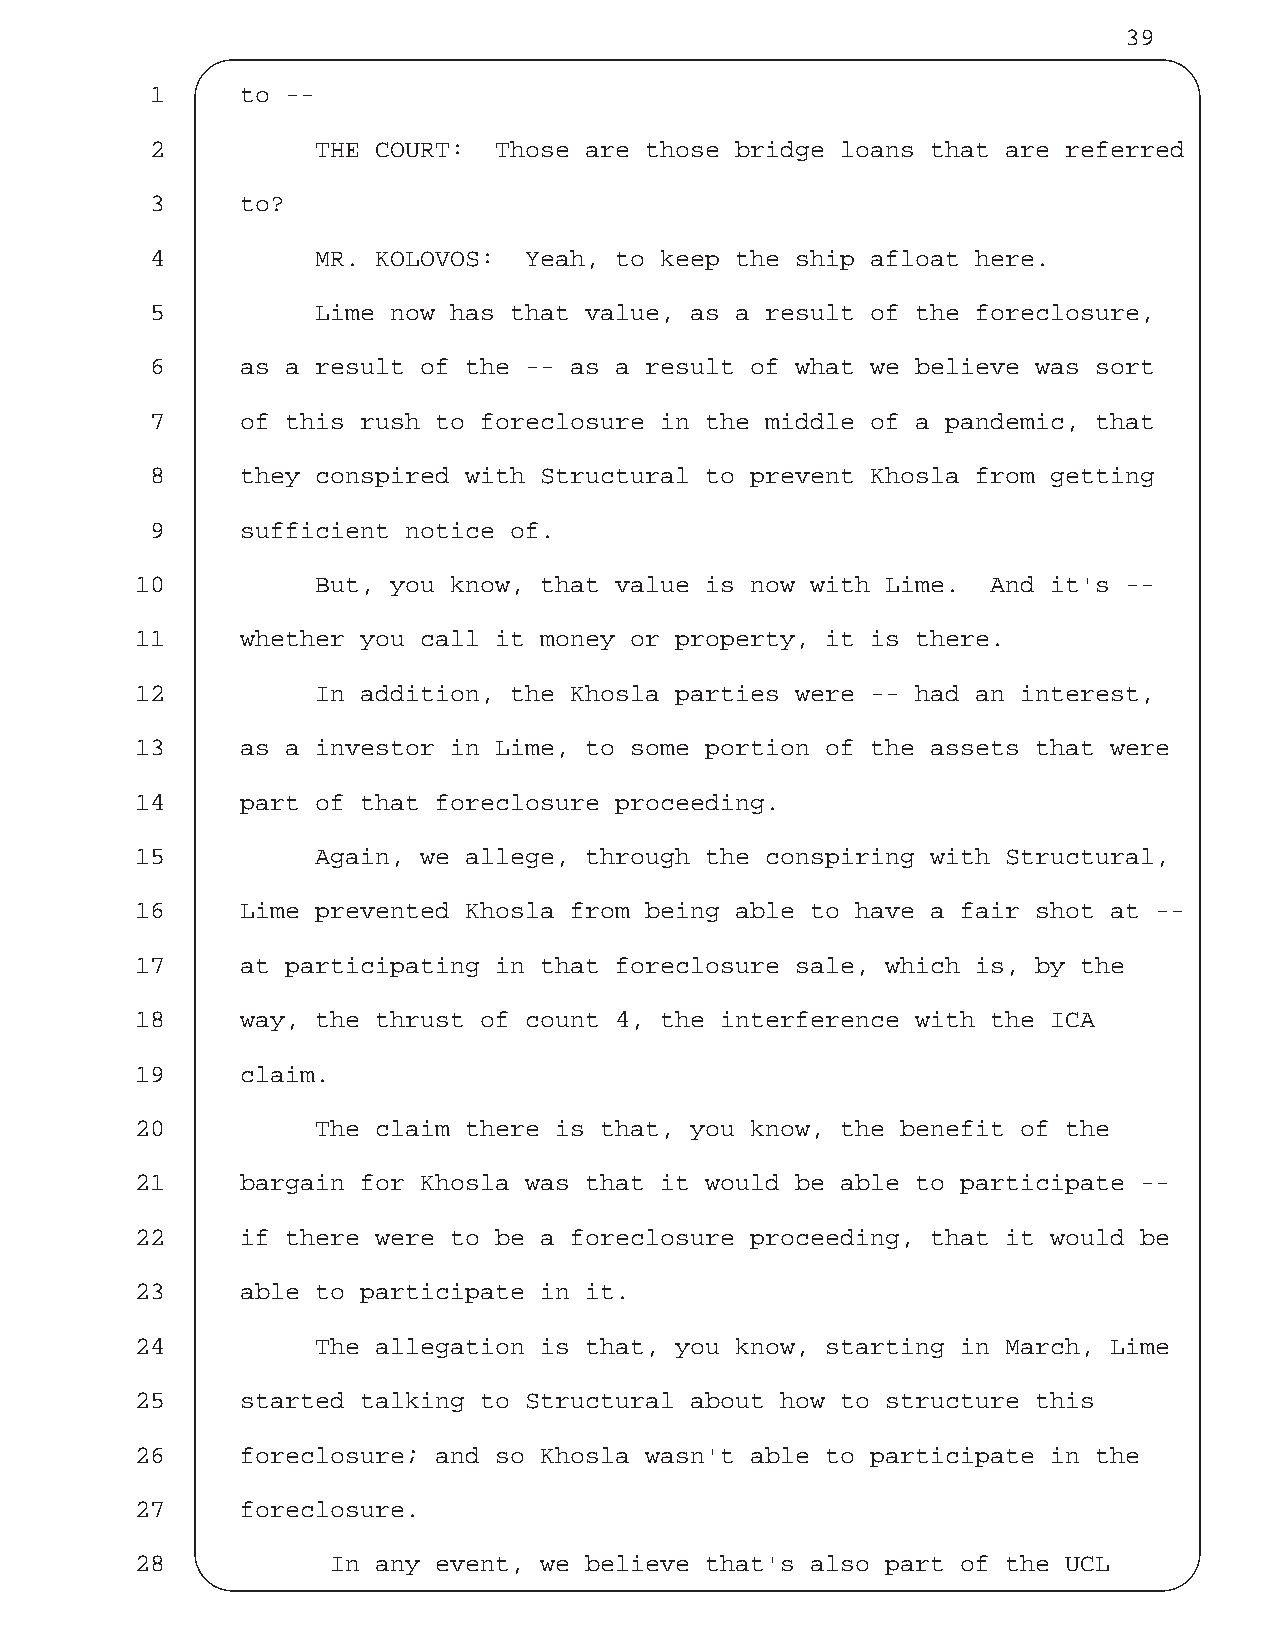
39
 1     to --
 2          THE COURT:  Those are those bridge loans that are referred
 3     to?
 4          MR. KOLOVOS:  Yeah, to keep the ship afloat here.
 5          Lime now has that value, as a result of the foreclosure,
 6     as a result of the -- as a result of what we believe was sort
 7     of this rush to foreclosure in the middle of a pandemic, that
 8     they conspired with Structural to prevent Khosla from getting
 9     sufficient notice of.
 10          But, you know, that value is now with Lime.  And it's --
 11     whether you call it money or property, it is there.
 12          In addition, the Khosla parties were -- had an interest,
 13     as a investor in Lime, to some portion of the assets that were
 14     part of that foreclosure proceeding.
 15          Again, we allege, through the conspiring with Structural,
 16     Lime prevented Khosla from being able to have a fair shot at --
 17     at participating in that foreclosure sale, which is, by the
 18     way, the thrust of count 4, the interference with the ICA
 19     claim.
 20          The claim there is that, you know, the benefit of the
 21     bargain for Khosla was that it would be able to participate --
 22     if there were to be a foreclosure proceeding, that it would be
 23     able to participate in it.
 24          The allegation is that, you know, starting in March, Lime
 25     started talking to Structural about how to structure this
 26     foreclosure; and so Khosla wasn't able to participate in the
 27     foreclosure.
 28           In any event, we believe that's also part of the UCL